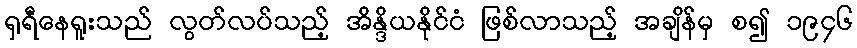
ရှရီနေရူးသည် လွတ်လပ်သည့် အိန္ဒိယနိုင်ငံ ဖြစ်လာသည့် အချိန်မှ စ၍ ၁၉၄၆